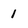
Character: 1